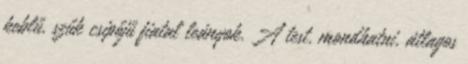
keblű, szűk csipőjű fiatal leányok. A test, mondhatni, átlagos